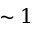
\sim 1